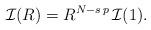
LaTeX: \begin{align*}\mathcal{I}(R)=R^{N-s\,p}\,\mathcal{I}(1).\end{align*}